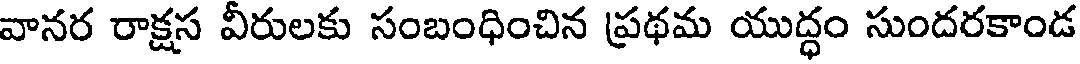
వానర రాక్షస వీరులకు సంబంధించిన ప్రథమ యుద్ధం సుందరకాండ